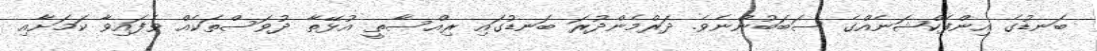
ބަނޑުގެ އިންފެކްޝަނެއްގެ ސަބަބުންނެވެ. ދަރްމެންދުރަ ބަނޑުގައި ރިއްސާތީ އުޅޭތާ ދުވަސްތަކެއް ވެފައިވާ ކަމަށާއި